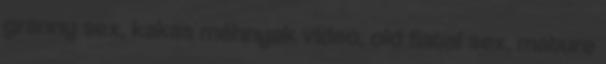
granny sex, kakas méhnyak video, old fiatal sex, mature